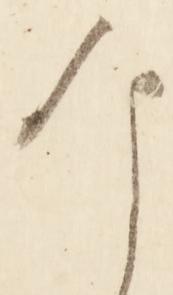
な